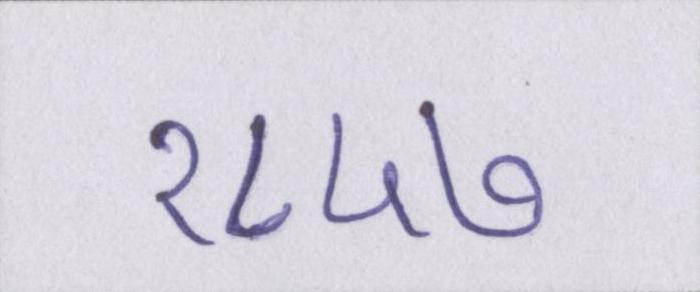
१८५७